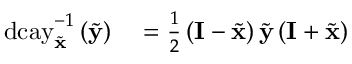
\begin{array} { r l } { \mathrm { d c a y } _ { \tilde { \mathbf { x } } } ^ { - 1 } \left( \tilde { \mathbf { y } } \right) } & { { } = \frac { 1 } { 2 } \left( \mathbf { I } - \tilde { \mathbf { x } } \right) \tilde { \mathbf { y } } \left( \mathbf { I } + \tilde { \mathbf { x } } \right) } \end{array}